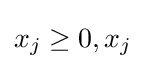
x_{j}\geq 0,x_{j}